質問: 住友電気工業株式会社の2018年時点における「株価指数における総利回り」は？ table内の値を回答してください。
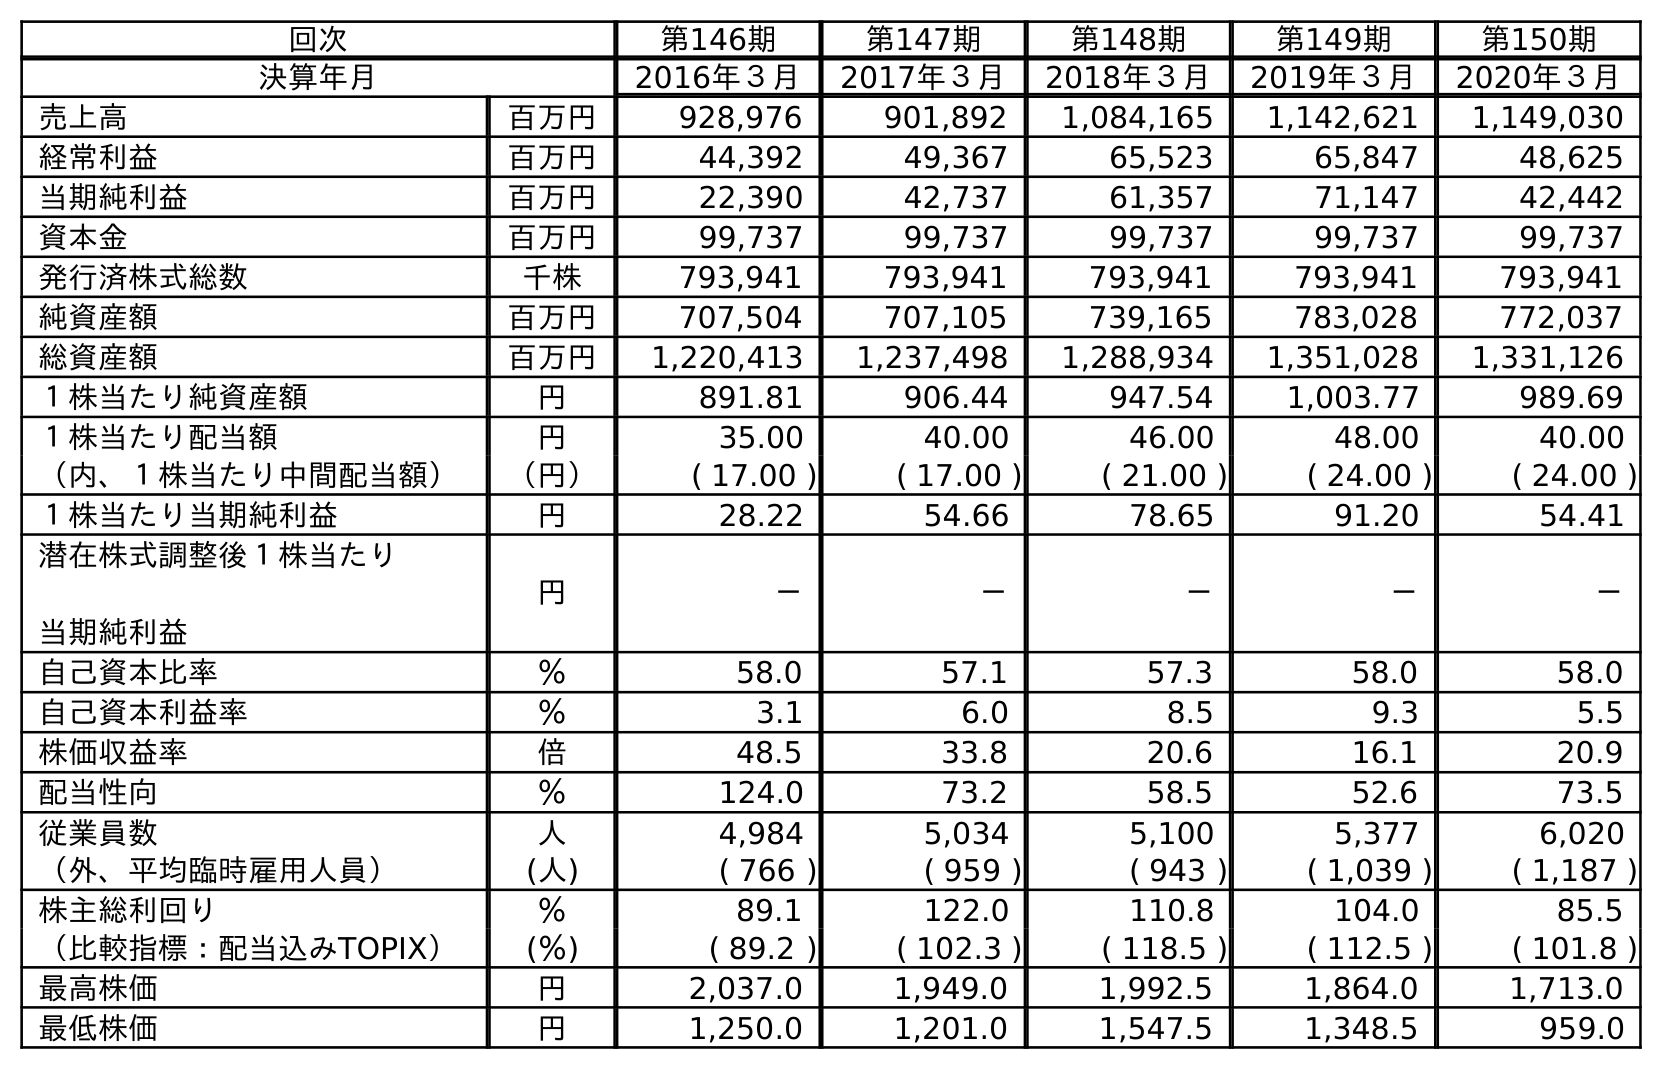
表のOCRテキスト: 回次 第146期 第147期 第148期 第149期 第150期 決算年月 2016年３月 2017年３月 2018年３月 2019年３月 2020年３月 売上高 百万円 928,976 901,892 1,084,165 1,142,621 1,149,030 経常利益 百万円 44,392 49,367 65,523 65,847 48,625 当期純利益 百万円 22,390 42,737 61,357 71,147 42,442 資本金 百万円 99,737 99,737 99,737 99,737 99,737 発行済株式総数 千株 793,941 793,941 793,941 793,941 793,941 純資産額 百万円 707,504 707,105 739,165 783,028 772,037 総資産額 百万円 1,220,413 1,237,498 1,288,934 1,351,028 1,331,126 １株当たり純資産額 円 891.81 906.44 947.54 1,003.77 989.69 １株当たり配当額 円 35.00 40.00 46.00 48.00 40.00 （内、１株当たり中間配当額） （円） ( 17.00 ) ( 17.00 ) ( 21.00 ) ( 24.00 ) ( 24.00 ) １株当たり当期純利益 円 28.22 54.66 78.65 91.20 54.41 潜在株式調整後１株当たり 当期純利益 円 － － － － － 自己資本比率 ％ 58.0 57.1 57.3 58.0 58.0 自己資本利益率 ％ 3.1 6.0 8.5 9.3 5.5 株価収益率 倍 48.5 33.8 20.6 16.1 20.9 配当性向 ％ 124.0 73.2 58.5 52.6 73.5 従業員数 人 4,984 5,034 5,100 5,377 6,020 （外、平均臨時雇用人員） (人) ( 766 ) ( 959 ) ( 943 ) ( 1,039 ) ( 1,187 ) 株主総利回り ％ 89.1 122.0 110.8 104.0 85.5 （比較指標：配当込みTOPIX） (％) ( 89.2 ) ( 102.3 ) ( 118.5 ) ( 112.5 ) ( 101.8 ) 最高株価 円 2,037.0 1,949.0 1,992.5 1,864.0 1,713.0 最低株価 円 1,250.0 1,201.0 1,547.5 1,348.5 959.0
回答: (118.5)